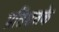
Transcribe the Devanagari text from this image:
प्रतिशतके